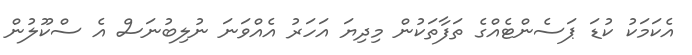
އެކަމަކު ކުޑަ ޕަސެންޓެއްގެ ތަފާތަކުން މިދިޔަ އަހަރު އެއްވަނަ ނުލިބުނަސް އެ ސްކޫލުން